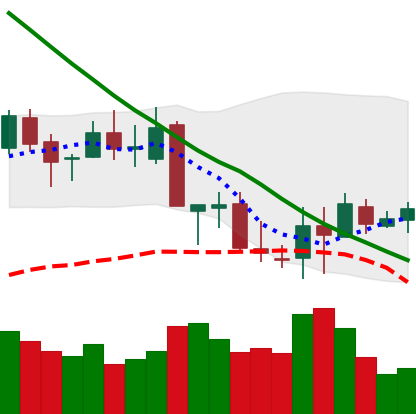
Ticker: XLM-USD
Chart end date: 2018-09-16
Forward return: 20.677%
Label: up_7plus